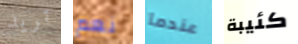
تريد نعم عندما كئيبة